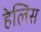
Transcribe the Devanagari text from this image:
हेलिस